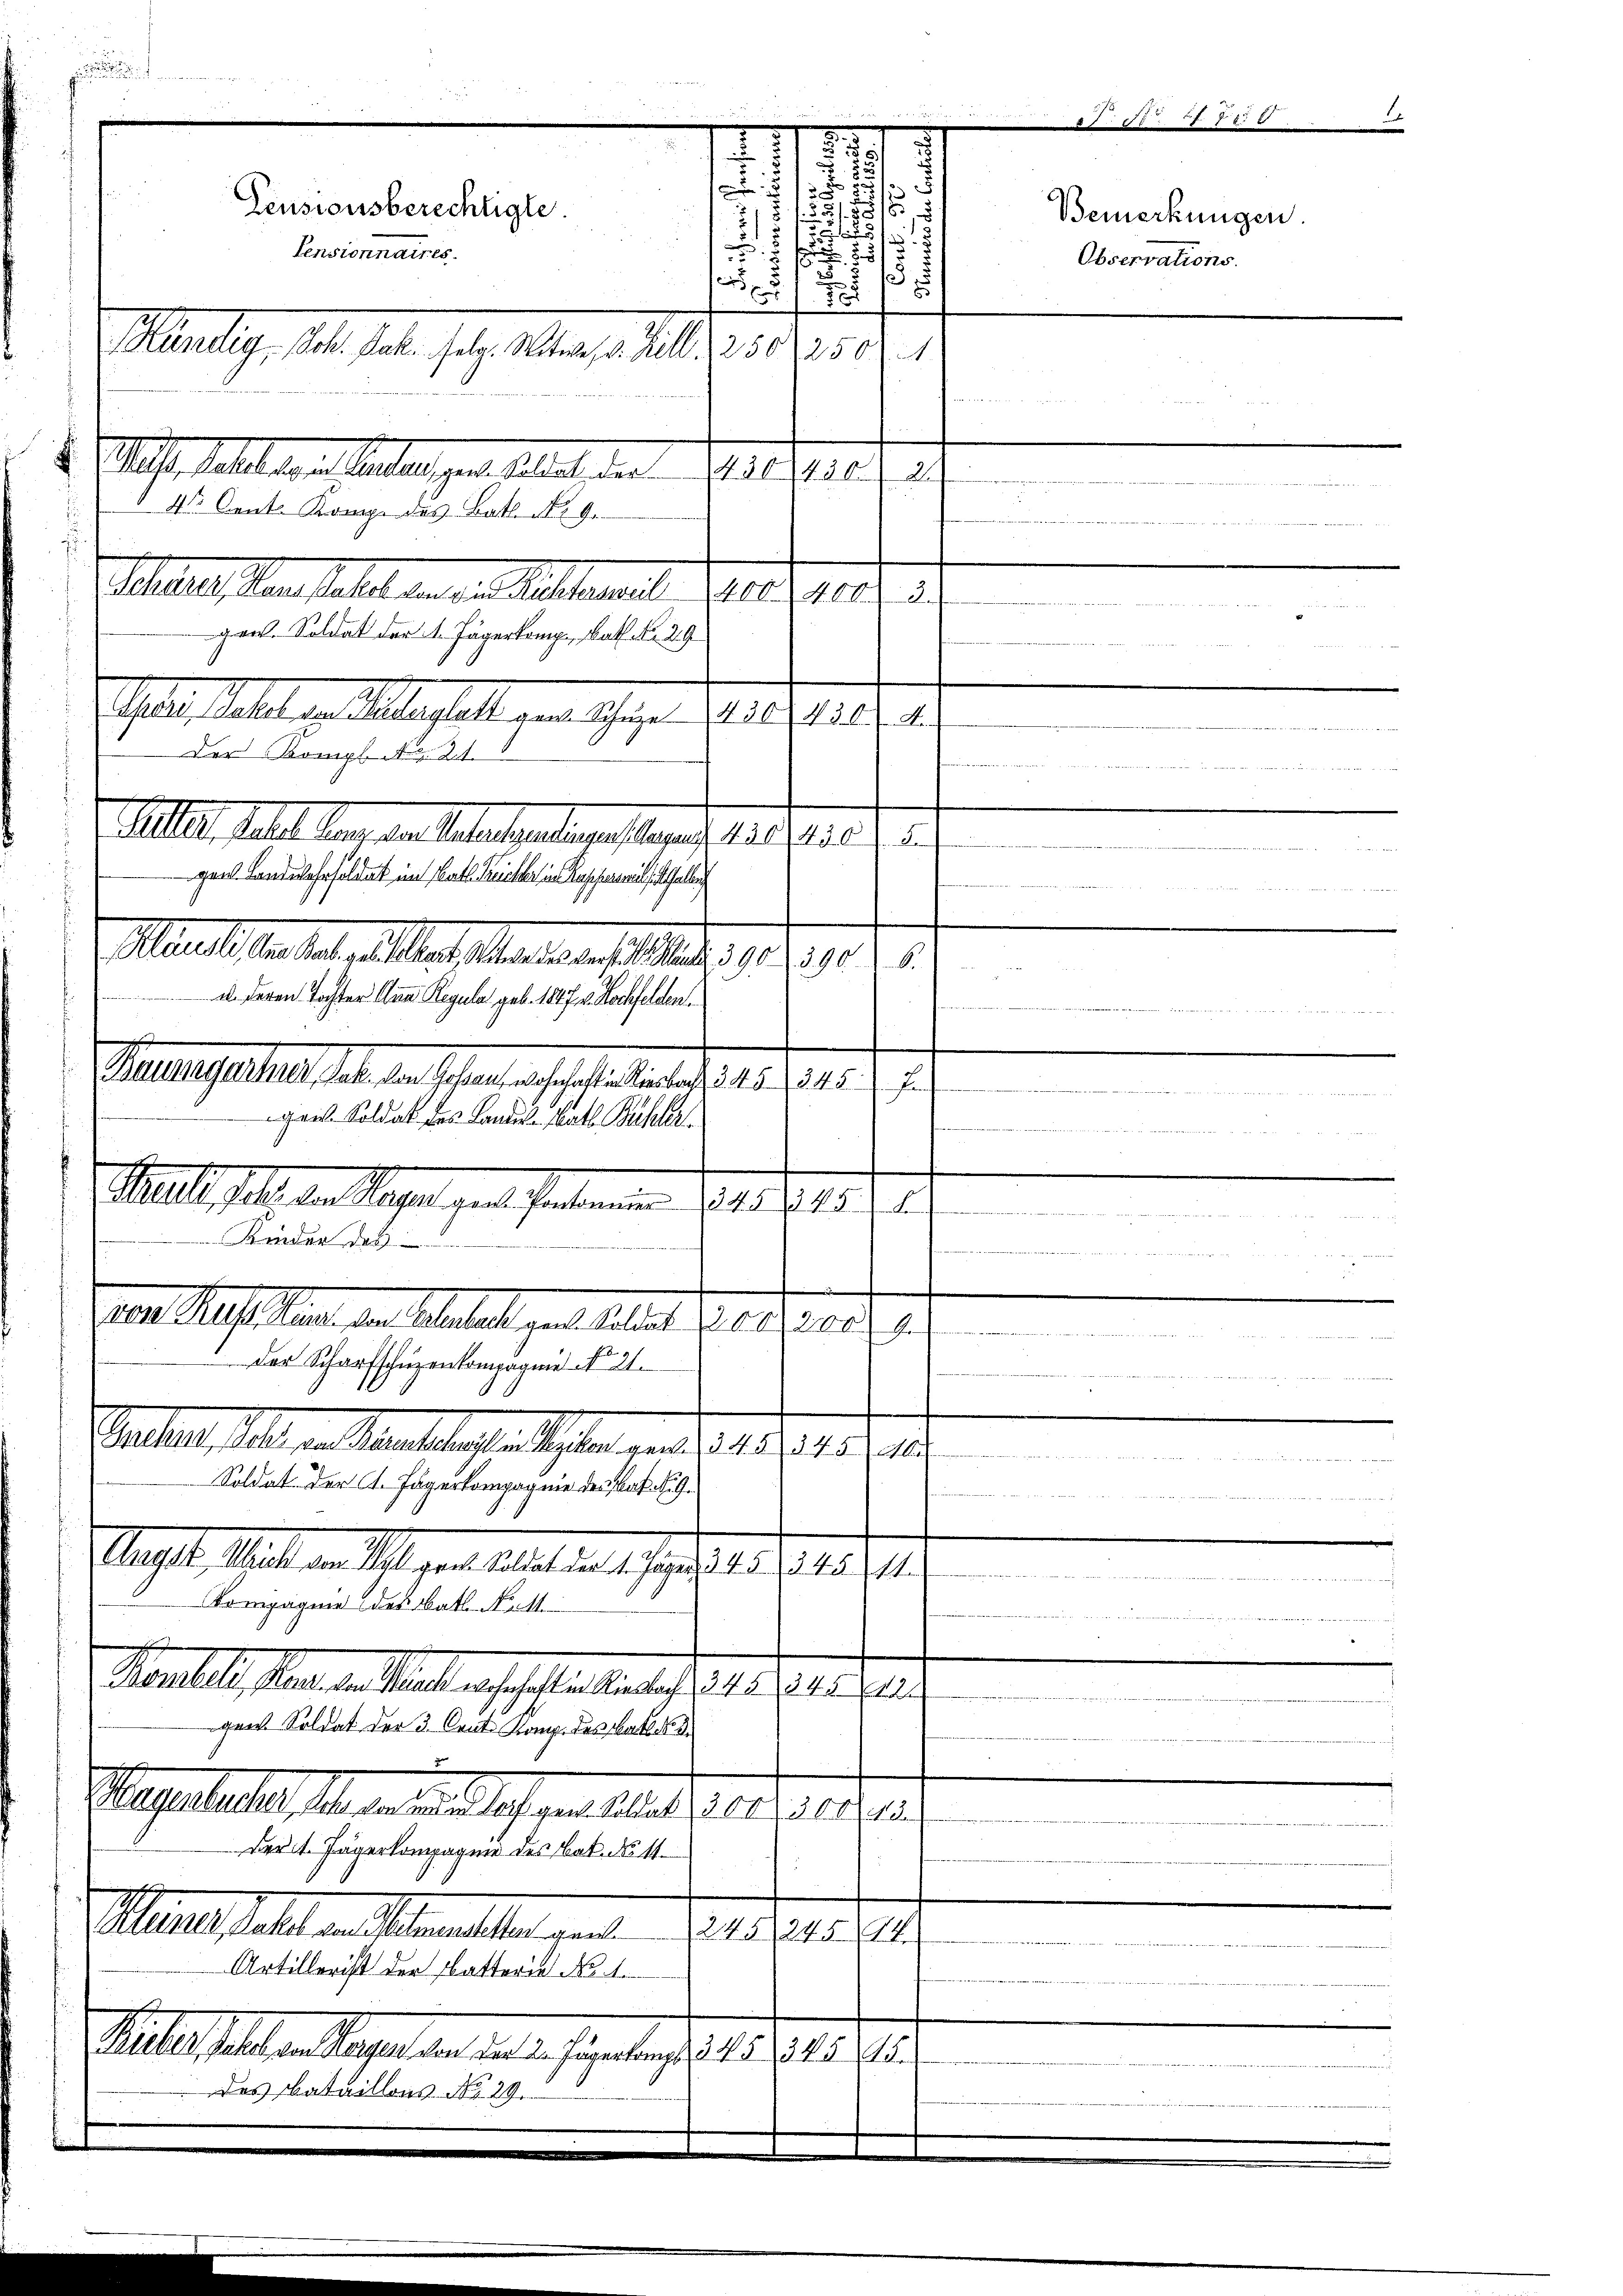
g

Maul standelt, als der Manten selber 19390
a. deren Tochter Anna Regula geb. 1847 v. Hochfelden.
Baumgarten hat der Schen anschalister, 151, 1857
 45 x
i   die es mit die
Der Scharfschüzenkompagnie No 21.
  in der von
Stellen, das in Mantestellten und 1241. 15. d.
 dheiten von 4
Soldat der C. Jägerkompagnie des Bat. S. 9.
Mafte alt an M. gere Anstalt seine 12. 11.
1
Vompagnie des Bat. N. 11.

Rentel, Pant, das alt erschaft in Riedtens 1248. 245 f.
.
gen Soldat der 3. Cent. Komp. des katho
legattete, in den und hat er selben aber in
Der 1. Jägerkompagnie des Bat. No 11.
Mal statt an Monate am 7. 1848
ar
Artillerist der Platteria No. 1.
Bulle halten lagen an dieser Eigentend § 45. 545. 715.
des Bataillons No 29.

5
.
 No. 1750
x

5
1
.
.
2,

155
Pensionsberechtigte.
Bemerkungen.
3f
2125
12
s
Pensionnaires.
85
Observations.
8
.
e
5
7
6

Marielig, Joh. Jahr soll. Mts. Till 150. 250. 1
2
2 als sollegen Stellen der Fallen die Gesetze u.
e

4 Cent. Kompe des Batt No 9.
halles den stellt in den Ratheneral Seit nett ei

gen. Soldat der 1. Jägerkomp Rath No. 29
Veget
St. Galle er allerhalt genen sagen des Ges. 1.
             154. 7. tit. 28.
Der Kompl Al. 21.
chwie dere beiden wie die es dass de des er den der an des et der
Alle statt den des Gestalterliegen angen 13. Ferie . .
e
 34
gael Landslosesoldat im Kath. Reicher in Kassenschallen
¬

geist. Soldat des Landes-Rath Bühler
Mallisel der Sagen aus Personen 1284. 1815.
Kinder das
em Kletten, den Gestalt enthaltet werden.

de

nach der nochen seit unter

age in den Bericht

e